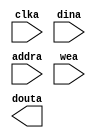
module RAM(
	clka,
	dina,
	addra,
	wea,
	douta);


input clka;
input [7 : 0] dina;
input [7 : 0] addra;
input [0 : 0] wea;
output [7 : 0] douta;

// synthesis translate_off

      BLK_MEM_GEN_V2_8 #(
		.C_ADDRA_WIDTH(8),
		.C_ADDRB_WIDTH(8),
		.C_ALGORITHM(1),
		.C_BYTE_SIZE(9),
		.C_COMMON_CLK(0),
		.C_DEFAULT_DATA("0"),
		.C_DISABLE_WARN_BHV_COLL(0),
		.C_DISABLE_WARN_BHV_RANGE(0),
		.C_FAMILY("spartan3"),
		.C_HAS_ENA(0),
		.C_HAS_ENB(0),
		.C_HAS_MEM_OUTPUT_REGS_A(0),
		.C_HAS_MEM_OUTPUT_REGS_B(0),
		.C_HAS_MUX_OUTPUT_REGS_A(0),
		.C_HAS_MUX_OUTPUT_REGS_B(0),
		.C_HAS_REGCEA(0),
		.C_HAS_REGCEB(0),
		.C_HAS_SSRA(0),
		.C_HAS_SSRB(0),
		.C_INIT_FILE_NAME("RAM.mif"),
		.C_LOAD_INIT_FILE(1),
		.C_MEM_TYPE(0),
		.C_MUX_PIPELINE_STAGES(0),
		.C_PRIM_TYPE(1),
		.C_READ_DEPTH_A(176),
		.C_READ_DEPTH_B(176),
		.C_READ_WIDTH_A(8),
		.C_READ_WIDTH_B(8),
		.C_SIM_COLLISION_CHECK("ALL"),
		.C_SINITA_VAL("0"),
		.C_SINITB_VAL("0"),
		.C_USE_BYTE_WEA(0),
		.C_USE_BYTE_WEB(0),
		.C_USE_DEFAULT_DATA(1),
		.C_USE_ECC(0),
		.C_USE_RAMB16BWER_RST_BHV(0),
		.C_WEA_WIDTH(1),
		.C_WEB_WIDTH(1),
		.C_WRITE_DEPTH_A(176),
		.C_WRITE_DEPTH_B(176),
		.C_WRITE_MODE_A("WRITE_FIRST"),
		.C_WRITE_MODE_B("WRITE_FIRST"),
		.C_WRITE_WIDTH_A(8),
		.C_WRITE_WIDTH_B(8),
		.C_XDEVICEFAMILY("spartan3a"))
	inst (
		.CLKA(clka),
		.DINA(dina),
		.ADDRA(addra),
		.WEA(wea),
		.DOUTA(douta),
		.ENA(),
		.REGCEA(),
		.SSRA(),
		.CLKB(),
		.DINB(),
		.ADDRB(),
		.ENB(),
		.REGCEB(),
		.WEB(),
		.SSRB(),
		.DOUTB(),
		.DBITERR(),
		.SBITERR());


// synthesis translate_on

// XST black box declaration
// box_type "black_box"
// synthesis attribute box_type of RAM is "black_box"

endmodule